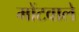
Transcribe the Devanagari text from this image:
मोंटवाले